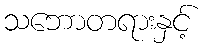
သဘောတရားနှင့်